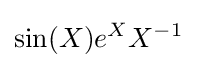
\sin(X)e^{X}X^{-1}